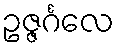
ဥဇ္ဇင်္ဂလေ